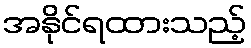
အနိုင်ရထားသည့်